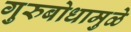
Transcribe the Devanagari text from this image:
गुरुबोधामुळे